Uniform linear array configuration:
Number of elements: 12
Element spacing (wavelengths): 1
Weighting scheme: blackman
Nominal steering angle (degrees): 45
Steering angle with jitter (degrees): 45.49
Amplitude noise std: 0.05
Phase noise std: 0.05

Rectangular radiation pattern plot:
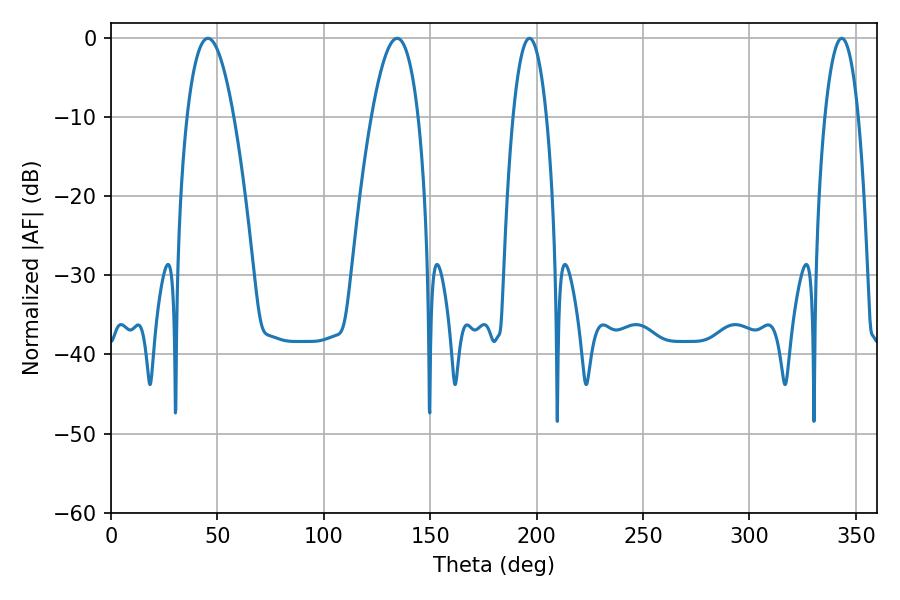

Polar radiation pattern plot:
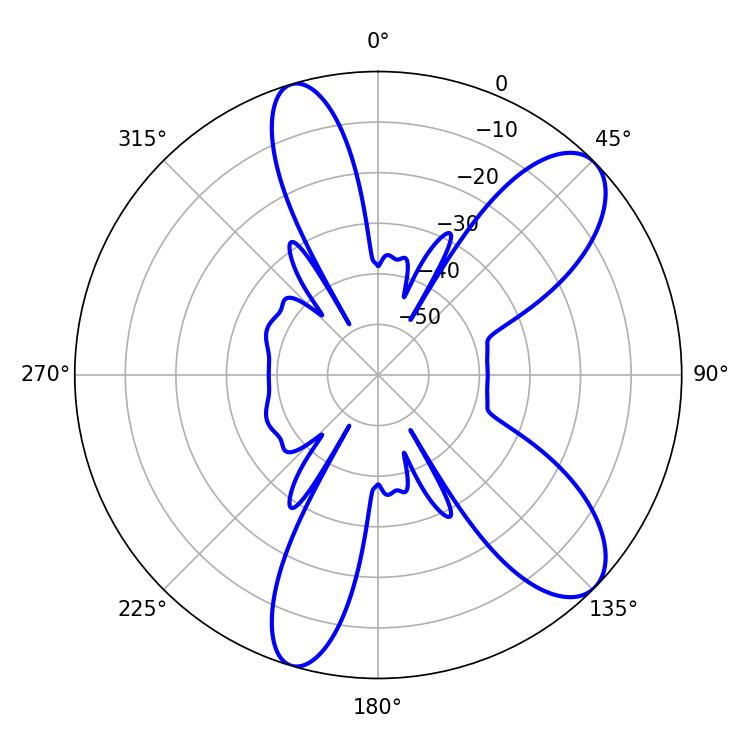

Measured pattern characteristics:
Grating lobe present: TRUE
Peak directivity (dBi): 9.354
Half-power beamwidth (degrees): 12.24
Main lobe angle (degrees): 45.54